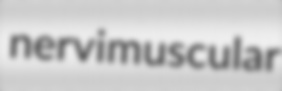
nervimuscular